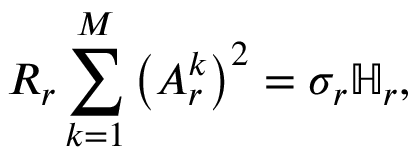
R _ { r } \sum _ { k = 1 } ^ { M } \left( A _ { r } ^ { k } \right) ^ { 2 } = \sigma _ { r } \mathbb { H } _ { r } ,